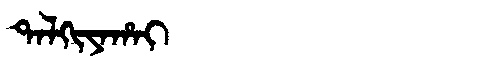
Manchu: ᡨᠠᠯᡴᡳᠶᠠᡥᠠᡳ
Romanization: TALKIYAHAI